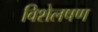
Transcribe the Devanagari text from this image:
विशेलषण